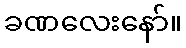
ခဏလေးနော်။